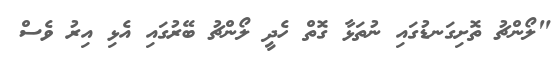
"ލޯންޗު ތޮށިގަނޑުގައި ނުތަޅާ ގޮތް ހެދީ ލޯންޗު ބޭރުގައި އެޅި އިރު ވެސް